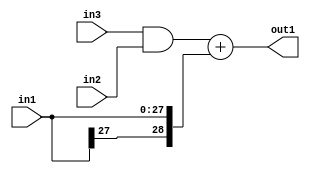
`timescale 1ps / 1ps
/*****************************************************************************
    Verilog RTL Description
    
    
    Created by: Stratus DpOpt 2019.1.01 
*******************************************************************************/

module GaussFilter_Add2s28And2u1u1_4 (
	in3,
	in2,
	in1,
	out1
	); /* architecture "behavioural" */ 
input  in3,
	in2;
input [27:0] in1;
output [28:0] out1;
wire [28:0] asc001;
wire  asc002;

assign asc002 = 
	(in3)
	&(in2);

assign asc001 = 
	+(asc002)
	+({in1[27], in1});

assign out1 = asc001;
endmodule

/* CADENCE  uLDxQgk= : u9/ySgnWtBlWxVPRXgAZ4Og= ** DO NOT EDIT THIS LINE ******/